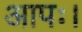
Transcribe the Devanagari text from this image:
आपः।